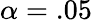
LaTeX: \alpha=.05